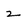
Character: z